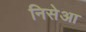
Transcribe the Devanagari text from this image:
निसेआ